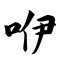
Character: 咿